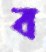
ব